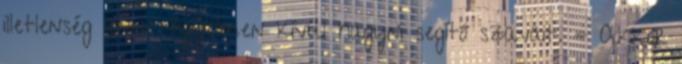
illetlenség lenne figyelmen kívül hagyni segítő szavait. - Akkor